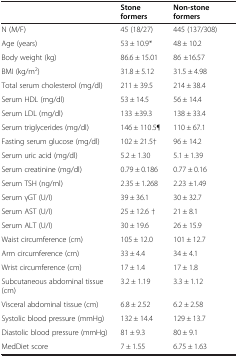
|  | Stone formers | Non-stone formers |
 | --- | --- | --- |
 | N (M/F) | 45 (18/27) | 445 (137/308) |
 | Age (years) | 53 ± 10.9* | 48 ± 10.2 |
 | Body weight (kg) | 86.6 ± 15.01 | 86 ±16.57 |
 | BMI (kg/m2) | 31.8 ± 5.12 | 31.5 ± 4.98 |
 | Total serum cholesterol (mg/dl) | 211 ± 39.5 | 214 ± 38.4 |
 | Serum HDL (mg/dl) | 53 ± 14.5 | 56 ± 14.4 |
 | Serum LDL (mg/dl) | 133 ±39.3 | 138 ± 33.4 |
 | Serum triglycerides (mg/dl) | 146 ± 110.5¶ | 110 ± 67.1 |
 | Fasting serum glucose (mg/dl) | 102 ± 21.5† | 96 ± 14.2 |
 | Serum uric acid (mg/dl) | 5.2 ± 1.30 | 5.1 ± 1.39 |
 | Serum creatinine (mg/dl) | 0.79 ± 0.186 | 0.77 ± 0.16 |
 | Serum TSH (ng/ml) | 2.35 ± 1.268 | 2.23 ±1.49 |
 | Serum γGT (U/I) | 39 ± 36.1 | 30 ± 32.7 |
 | Serum AST (U/I) | 25 ± 12.6 † | 21 ± 8.1 |
 | Serum ALT (U/I) | 30 ± 19.6 | 26 ± 15.9 |
 | Waist circumference (cm) | 105 ± 12.0 | 101 ± 12.7 |
 | Arm circumference (cm) | 33 ± 4.4 | 34 ± 4.1 |
 | Wrist circumference (cm) | 17 ± 1.4 | 17 ± 1.8 |
 | Subcutaneous abdominal tissue (cm) | 3.2 ± 1.19 | 3.3 ± 1.12 |
 | Visceral abdominal tissue (cm) | 6.8 ± 2.52 | 6.2 ± 2.58 |
 | Systolic blood pressure (mmHg) | 132 ± 14.4 | 129 ± 13.7 |
 | Diastolic blood pressure (mmHg) | 81 ± 9.3 | 80 ± 9.1 |
 | MedDiet score | 7 ± 1.55 | 6.75 ± 1.63 |